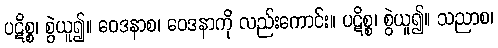
ပဋိစ္စ၊ စွဲယူ၍။ ဝေဒနာစ၊ ဝေဒနာကို လည်းကောင်း။ ပဋိစ္စ၊ စွဲယူ၍။ သညာစ၊